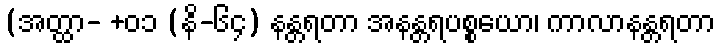
(အတ္ထာ- +၀၁ (နိ-၆၄) နန္တရတာ အနန္တရပစ္စယော၊ ကာလာနန္တရတာ